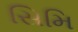
સિમિ